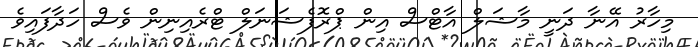
މިހާރު އޭނާ ދަނީ މާޝަލް އާޓްސް އިން ޕްރޮފެޝަނަލް ޓްރެއިނިން ވެސް ހަދާފައިވެ